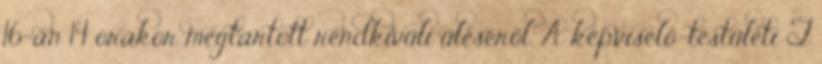
16-án 14 órakor megtartott rendkívüli üléséről. A képviselő-testületi T